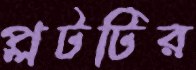
প্লটটির